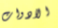
الادوات